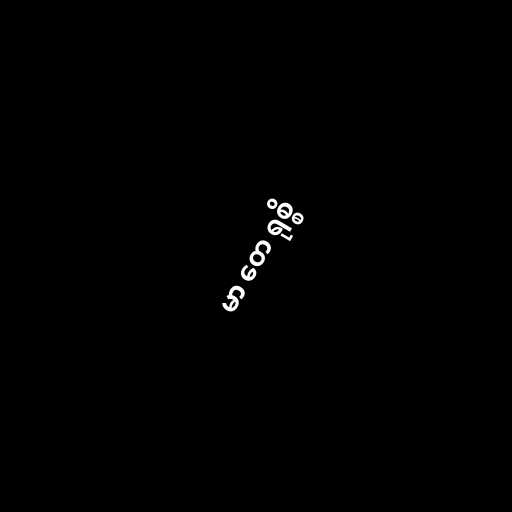
မာ တေ ရုစ္စိ